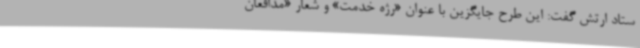
ستاد ارتش گفت: این طرح جایگزین با عنوان «رژه خدمت» و شعار «مدافعان